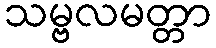
သမ္ဗလမတ္တာ